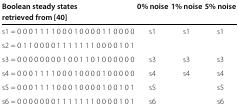
| Boolean steady states | 0% noise | 1% noise | 5% noise |
 | retrieved from [[40]] |  |  |  |
 | --- | --- | --- | --- |
 | s1 = 0 0 0 1 1 1 1 0 0 0 1 0 0 0 0 1 1 0 0 0 0 | s1 | s1 | s1 |
 | s2 = 0 1 1 0 0 0 0 1 1 1 1 1 1 1 0 0 0 0 1 0 1 |  |  |  |
 | s3 = 0 0 0 0 0 0 0 0 1 0 0 1 1 0 1 0 0 0 0 0 0 | s3 | s3 | s3 |
 | s4 = 0 0 0 1 1 1 1 0 0 0 1 0 0 0 0 1 0 0 0 0 0 | s4 | s4 | s4 |
 | s5 = 0 0 0 1 1 1 1 0 0 0 1 0 0 0 0 1 0 0 1 0 1 | s5 |  | s5 |
 | s6 = 0 0 0 0 0 0 0 1 1 1 1 1 1 1 0 0 0 0 1 0 1 | s6 |  | s6 |